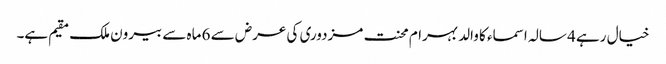
خیال رہے 4 سالہ اسماء کا والد بہرام محنت مزدوری کی عرض سے 6 ماہ سے بیرون ملک مقیم ہے۔